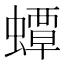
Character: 蟫